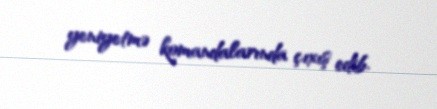
yeniyetmə komandalarında çıxış edib.